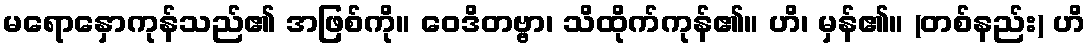
မရောနှောကုန်သည်၏ အဖြစ်ကို။ ဝေဒိတဗ္ဗာ၊ သိထိုက်ကုန်၏။ ဟိ၊ မှန်၏။ (တစ်နည်း) ဟိ